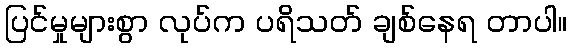
ပြင်မှုများစွာ လုပ်က ပရိသတ် ချစ်နေရ တာပါ။